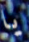
يا